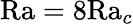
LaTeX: \textrm{Ra}=8\textrm{Ra}_{c}